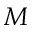
M